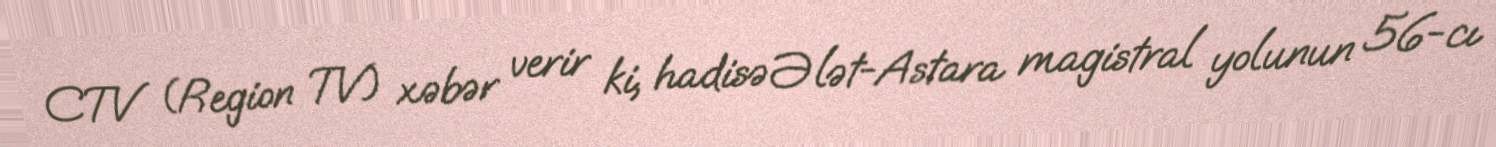
CTV (Region TV) xəbər verir ki, hadisə Ələt-Astara magistral yolunun 56-cı